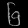
Digit: ၆